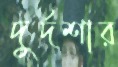
দুর্দশার